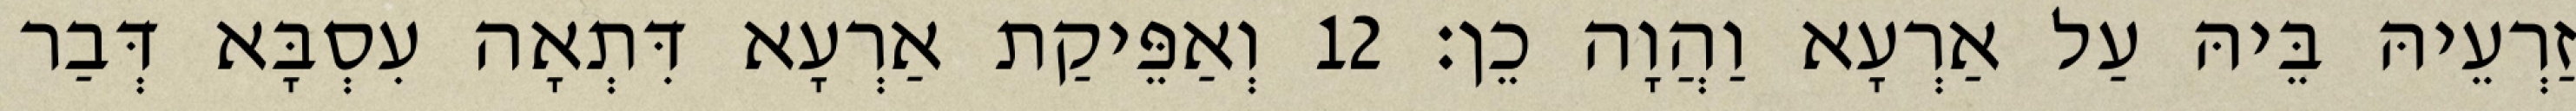
זַרְעֵיהּ בֵּיהּ עַל אַרְעָא וַהֲוָה כֵן׃ 12 וְאַפֵּיקַת אַרְעָא דִּתְאָה עִסְבָּא דְּבַר